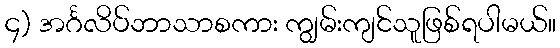
၄) အင်္ဂလိပ်ဘာသာစကား ကျွမ်းကျင်သူဖြစ်ရပါမယ်။